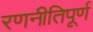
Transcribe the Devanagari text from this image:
रणनीतिपूर्ण